Calcutta medical institutions reports 1892-1900
Year: 1892
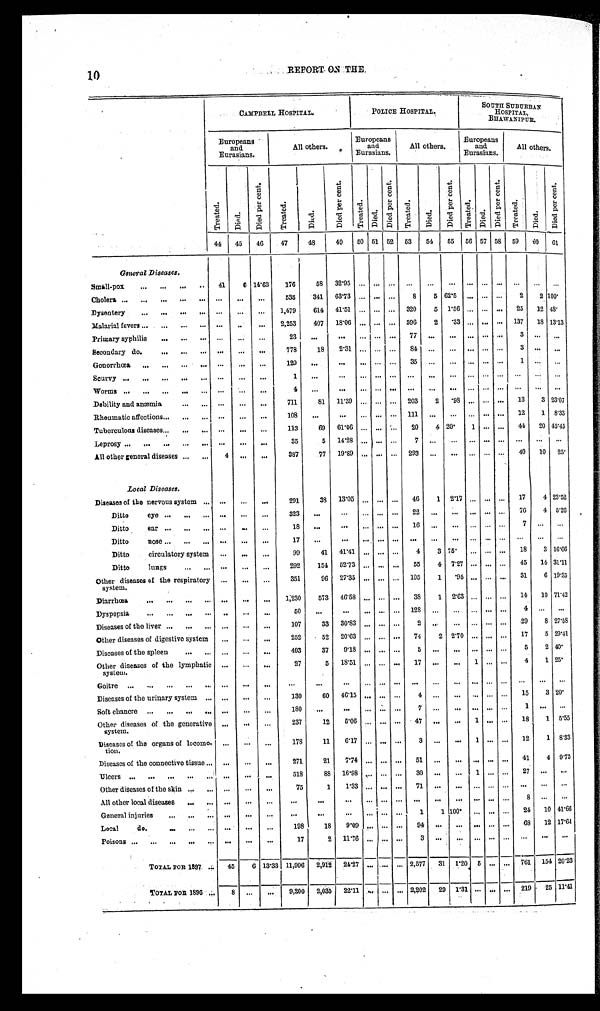
10
REPORT ON THE.
CAMPBELL HOSPITAL.
POLICE HOSPITAL.
SOUTH SUBURBAN
HOSPITAL BHAWANIPUR.
Europeans
and
Eurasians.
All others.
Europeans
and
Eurasians.
All others.
Europeans
and
Eurasians.
All others.
Tr e a t e d.
Died.
Di e d p e r c e n t .
T r e a t e d .
Died.
Di e d p e r c e n t .
Treat ed.
Died.
Di e d pe r c e nt .
Tr e a t e d .
Died.
D i e d p e r c e n t .
Tr e a t e d.
Di ed.
Di ed per cent .
Treat ed.
Died.
Di e d p e r c e n t .
44
45 46
47
48
49
50 51 52 53
54
55 56 57 58 59
6 0
61
General Diseases.
Small-pox . . .
41
6 14.63
176 58
32.95
. . .
. . . . . .
. . .
. . .
. . . . . .
. . .
. . .
. . .
. . .
. . .
Cholera . . .
. . .
. . .
. . .
535
341
63.73
. . . . . .
. . .
8
5 62.5
. . . . . .
. . .
2
2 100.
Dysentery . . .
. . .
. . .
. . .
1,479
614 41.51
. . . . . .
. . . 320
5 1.56
. . .
. . .
. . .
2 5 12 4 8 .
Malarial fevers . . .
. . .
. . .
. . .
2,253
407 18.06
. . . . . .
. . . 596
2 .33
. . . . . .
. . . 137
1 8 13.13
Primary syphilis . . .
. . .
. . .
. . .
23
. . .
. . .
. . . . . .
. . .
7 7
. . .
. . . . . .
. . .
. . .
3
. . .
. . .
Secondary do. . . .
. . .
. . .
. . .
778 18
2.31
. . . . . .
. . .
8 4
. . .
. . . . . .
. . .
. . .
3
. . .
. . .
Gonorrhœa . . .
. . .
. . .
. . .
129
. . .
. . .
. . . . . .
. . .
3 5
. . .
. . .
. . .. . .
. . .
1
. . .
. . .
Scurvy . . .
. . .
. . .
. . .
1
. . .
. . .
. . . . . .
. . .
. . .
. . .
. . .
. . .. . .
. . .
. . .
. . .
. . .
Worms . . .
. . .
. . .
. . .
4
. . .
. . .
. . . . . .
. . .
. . .
. . .
. . .
. . . . . .
. . .
. . .
. . .
. . .
Debility and anæmia . . .
. . .
. . .
. . .
711
81 11.39
. . . . . .
. . . 203
2 .98
. . .
. . .
. . . 13
3 23.07
Rheumatic affections . . .
. . .
. . .
. . .
108
. . . . . .
. . . . . .
. . .
1 1 1
. . .
. . . . . .
. . .
. . .
1 2
1
8 . 3 3
Tuberculoas diseases . . .
. . .
. . .
. . .
113
69 61.06
. . . . . .
. . . 20
4 20.
1 . . .
. . . 44 20 45.45
Leprosy . . .
. . .
. . .
. . .
35
5 14.28
. . . . . .
. . .
7
. . .
. . .
. . . . . .
. . .
. . .
. . .
. . .
All other general diseases . . .
4
. . .
. . .
387
77 19.89
. . . . . .
. . . 293
. . .
. . .
. . . . . .
. . . 40
10 25.
Local Diseases.
Diseases of the nervous system . . .
. . .
. . .
. . .
291
38 13.05
. . . . . .
. . . 46
1 2.17
. . .
. . .
. . . 17
4 23.52
D i t t o e y e
. . .
. . .
. . . . . .
323
. . .
. . . . . . . . .
. . . 22
. . .
. . .
. . .
. . .
. . .
7 6
4 5.26
Ditto
ear
. . . . . .
. . .
. . .
18
. . .
. . .
. . . . . .
. . .
1 6
. . .
. . .
. . .
. . .
. . .
7
. . .
. . .
Ditt o n o s e . . .
. . .
. . . . . .
17
. . .
. . .
. . .
. . .
. . .
. . .
. . .
. . .
. . .
. . .
. . .
. . .
. . .
. . .
Ditto circulatory system
. . .
. . .
. . .
99
41 41.41
. . .
. . .
. . . 4
3 75.
. . .
. . .
. . . 18
3
1 6 . 6 6
Ditto
lungs . . .
. . .
. . .
. . .
292
154 52.73
. . .
. . .
. . . 55
4 7.27
. . .
. . .
. . .
4 5 14 31.11
Other diseases of the respiratory
system.
. . .
. . .
. . .
351
96 27.35
. . .
. . .
. . . 105
1
.95
. . .
. . .
. . . 31
6 19.35
Diarrhœa . . .
. . .
. . .
. . .
1.230
573 46.58
. . .
. . .
. . . 38
1 2.63
. . .
. . .
. . .
1 4 10 71.42
Dyspepsia . . .
. . .
. . . . . .
5 0
. . .
. . .
. . .
. . .
. . .
1 2 8
. . .
. . .
. . .
. . .
. . .
4
. . .
. . .
Diseases of the liver . . .
. . .
. . .
. . .
107
33 30.83
. . . . . .
. . .
2
. . .. . .
. . .
. . .
. . . 29
8 27.58
Other diseases of digestive system
. . .
. . .
. . .
252
52 20.63
. . .
. . .
. . . 74
2 2.70
. . .
. . .
. . .
1 7
5 29.41
Diseases of the spleen . . .
. . .
. . .
. . .
403
37
9.18
. . .
. . .
. . .
5
. . .
. . .
. . .
. . .
. . .
5
2 40.
Other diseases of the lymphatic
system.
. . .
. . .
. . .
27
5 18.51
. . .
. . .
. . .
1 7
. . .
. . .
1
. . .
. . .
4
1 25.
G o i t r e . . .
. . .
. . . . . .
. . . . . .
. . . . . .
. . .
. . .
. . .
. . .
. . .
. . .
. . .
. . .
. . .
. . .
. . .
Diseases of the urinary system . . .
. . .
. . .
. . .
130
60 46.15
. . .
. . .
. . .
4
. . .
. . .
. . .
. . .
. . . 15
3 20.
Soft chancre . . .
. . .
. . .
. . .
180
. . .
. . .
. . .
. . .
. . .
7
. . .
. . .
. . .
. . .
. . .
1
. . .
. . .
Other diseases of the generative
system.
. . .
. . .
. . .
237
12
5.06
. . .
. . .
. . . 47
. . .
. . .
1
. . .
. . . 18
1 5.55
Diseases of the organs of locom
e-tion.
. . .
. . .
. . .
178
11
6.17
. . .
. . .
. . .
3
. . .
. . .
1
. . .
. . . 12
1 8.33
Diseases of the connective tissue . . .
. . .
. . .
. . .
271
21
7.74
. . .
. . .
. . . 51
. . .
. . .
. . .
. . .
. . . 41
4 9.75
Ulcers . . .
. . .
. . . . . .
518
88 16.98
. . .
. . .
. . . 30
. . .
. . .
1
. . .
. . .
2 7
. . .
. . .
Other diseases of the skin . . .
. . .
. . .
. . .
75
1
1 . 3 3
. . .
. . .
. . .
7 1
. . .
. . .
. . .
. . .
. . .
. . .
. . .
. . .
All other local diseases . . .
. . .
. . .
. . .
. . .
. . .
. . .
. . .
. . .
. . . . . .
. . .
. . .
. . .
. . .
. . .
8
. . .
. . .
General injuries . . .
. . .
. . .
. . .
. . .
. . .
. . .
. . .
. . .
. . .
1
1 100
. . .
. . .
. . . 24
10 41.66
L o c a l d o . . . .
. . .
. . . . . .
198
18
9.09
. . .
. . .
. . . 94
. . .
. . .
. . .
. . .
6 8 12 17.64
P o i s o n s . . .
. . .
. . . . . .
17
2
1 1 . 7 6
. . .
. . .
. . .
3
. . .
. . .
. . .
. . .
. . .
. . .
. . .
. . .
TOTAL FOR 1897 . . . 45
6 13.33 11,996 2,912 24.27
. . .
. . .
. . .
2,577
31 1.20 5
. . .
. . .
761 154 20.23
TOTAL FOR 1896 . . .
8
. . .
. . .
9,200 2,035 22.11
. . .
. . .
. . . 2,202
29 1.31
. . .
. . .
. . .
219
25 11.41